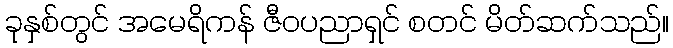
ခုနှစ်တွင် အမေရိကန် ဇီဝပညာရှင် စတင် မိတ်ဆက်သည်။